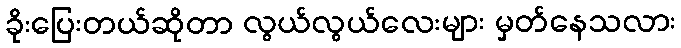
ခိုးပြေးတယ်ဆိုတာ လွယ်လွယ်လေးများ မှတ်နေသလား